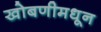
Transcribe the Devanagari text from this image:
खोबणीमधून